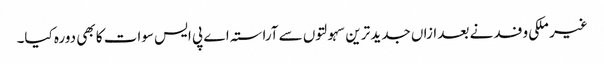
غیر ملکی وفد نے بعد ازاں جدید ترین سہولتوں سے آراستہ اے پی ایس سوات کا بھی دورہ کیا۔